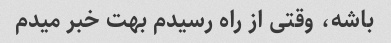
باشه، وقتی از راه رسیدم بهت خبر میدم